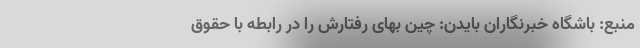
منبع: باشگاه خبرنگاران بایدن: چین بهای رفتارش را در رابطه با حقوق